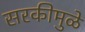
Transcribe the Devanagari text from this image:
सरकीमुळे